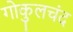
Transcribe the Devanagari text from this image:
गोकुलचंद